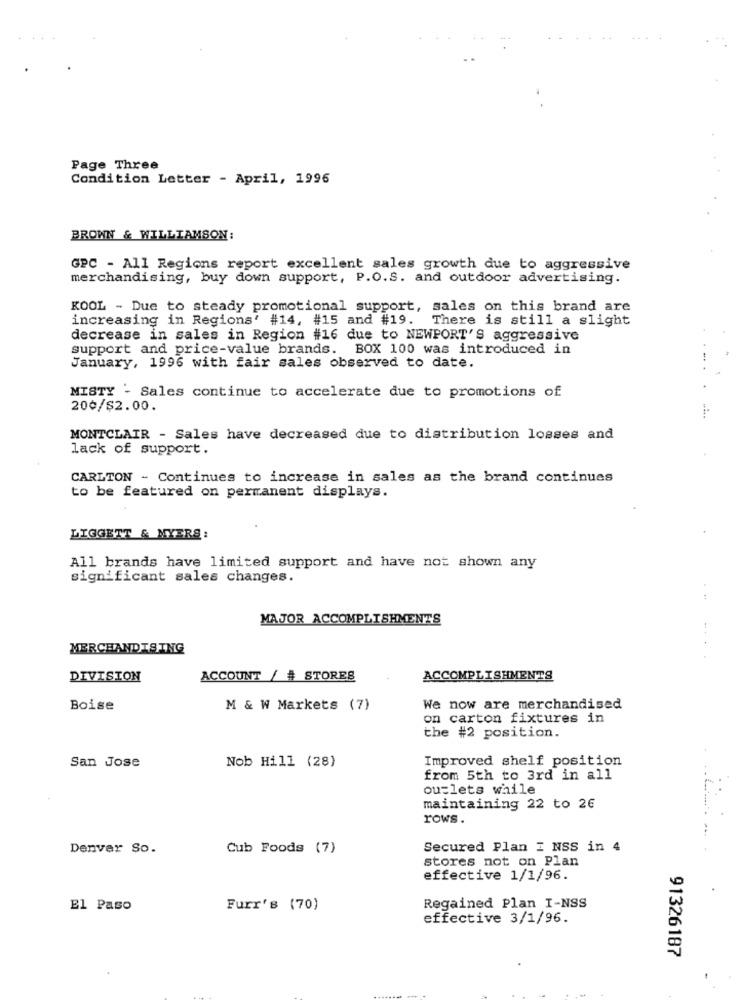
Page Three
Condition Letter - April, 1996
BROWN & WILLIAMSON:
GPC - All Regions report excellent sales growth due to aggressive
merchandising, buy down support, P.O.S. and outdoor advertising.
KOOL - Due to steady promotional support, sales on this brand are
increasing in Regions' #14, #15 and #19. There is still a slight
decrease in sales in Region #16 due to NEWPORT'S aggressive
support and price-value brands. BOX 100 was introduced in
January, 1996 with fair sales observed to date.
MISTY - Sales continue to accelerate due to promotions of
200/$2.00.
MONTCLAIR - Sales have decreased due to distribution losses and
lack of support.
CARLTON - Continues to increase in sales as the brand continues
to be featured on permanent displays.
LIGGETT & MYERS:
All brands have limited support and have not shown any
significant sales changes.
MAJOR ACCOMPLISHMENTS
MERCHANDISING
DIVISION
ACCOUNT / # STORES
ACCOMPLISHMENTS
Boise
M & W Markets (7)
We now are merchandised
on carton fixtures in
the #2 position.
Nob Hill (28)
Improved shelf position
San Jose
from 5th to 3rd in all
ou=lets while
maintaining 22 to 26
rows.
Denver So.
Cub Foods (7)
Secured Plan I NSS in 4
stores not on Plan
effective 1/1/96.
El Paso
Furr's (70)
Regained Plan I-NSS
effective 3/1/96.
91326187